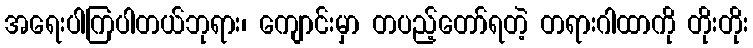
အရေးပါကြပါတယ်ဘုရား၊ ကျောင်းမှာ တပည့်တော်ရတဲ့ တရားဂါထာကို တိုးတိုး